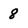
Character: 8